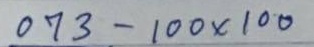
073 - 100x100